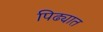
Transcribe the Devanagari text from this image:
पिढ्यात